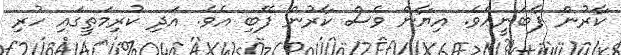
ކާރުން ފާބަނީއެވެ. އިޔާން ވެސް ކާރުން ފޭބި އެވެ. އަދި ކުރިމަތީގައި ހުރި